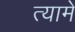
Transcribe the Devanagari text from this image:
त्यामे